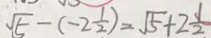
\sqrt { 5 } - ( - 2 \frac { 1 } { 2 } ) = \sqrt { 5 } + 2 \frac { 1 } { 2 }